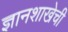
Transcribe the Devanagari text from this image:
ज्ञानशाखेची